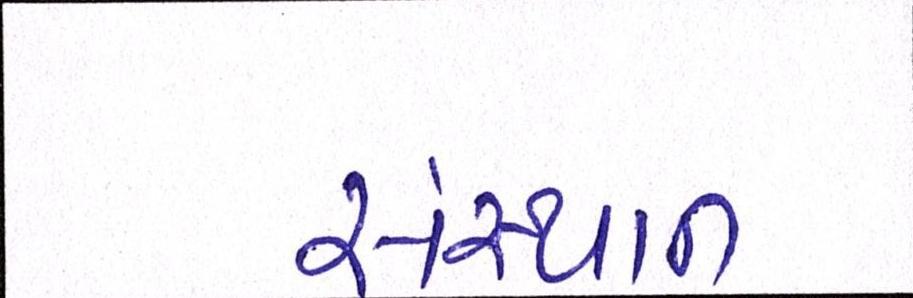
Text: સંસ્થાન